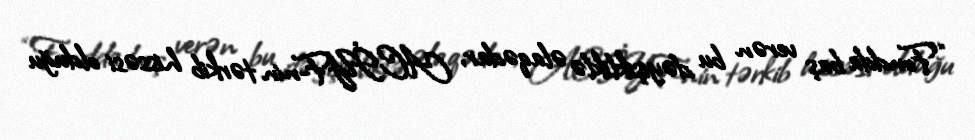
“Fondda baş verən bu dəyişikliklə əlaqədar, ACİYF-nin tərkib hissəsi olduğu